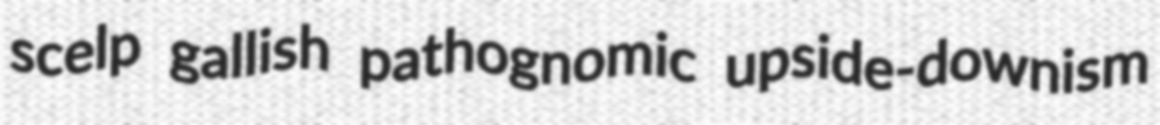
scelp gallish pathognomic upside-downism